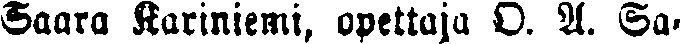
Saara Kariniemi, opettaja O. A. Sa-